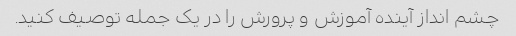
چشم انداز آینده آموزش و پرورش را در یک جمله توصیف کنید.